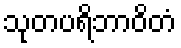
သုတပရိဘာဝိတံ